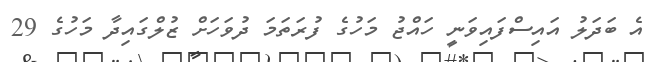
އެ ބަދަލު އައިސްފައިވަނީ ހައްޖު މަހުގެ ފުރަތަމަ ދުވަހަށް ޒުލްގައިދާ މަހުގެ 29